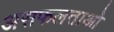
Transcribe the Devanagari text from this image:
असफलताओ